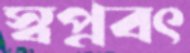
স্বপ্নবৎ